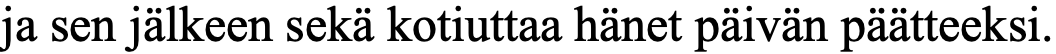
ja sen jälkeen sekä kotiuttaa hänet päivän päätteeksi.